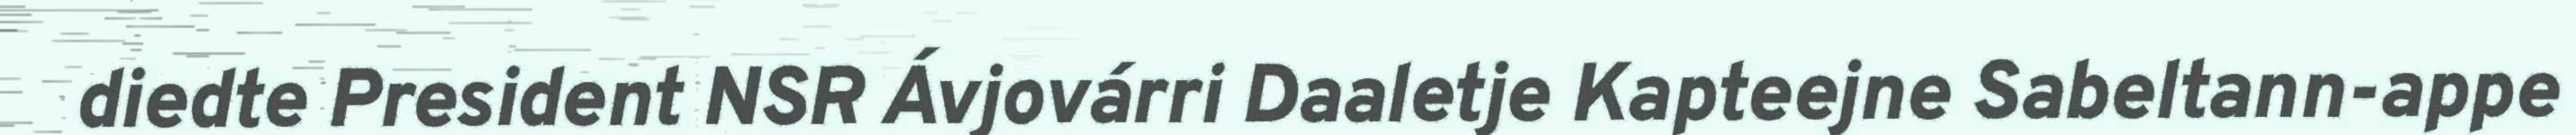
diedte President NSR Ávjovárri Daaletje Kapteejne Sabeltann-appe